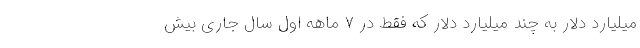
میلیارد دلار به چند میلیارد دلار که فقط در ۷ ماهه اول سال جاری بیش